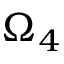
\Omega _ { 4 }